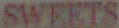
SWEETS